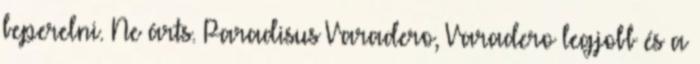
beperelni. Ne árts. Paradisus Varadero, Varadero legjobb és a